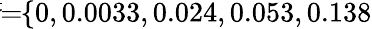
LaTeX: \! \! \! \overline{{\sigma}}\! \! =\! \! \{ 0,0.0033,0.024,0.053,0.138\} \! \! \!